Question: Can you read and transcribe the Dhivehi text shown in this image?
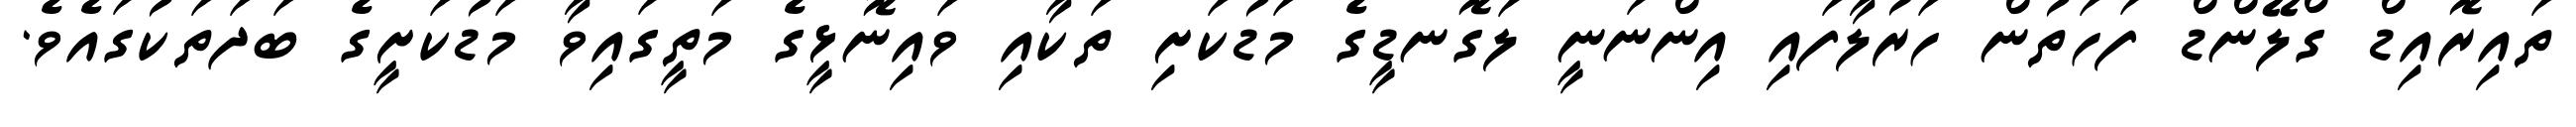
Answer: ތައިރޮއިޑް ގްލޭންޑް ފަހަތުން ހަރުލާފައި އިންނަނީ ލަގޮނޑީގެ މަޑުކަށި ތަކާއި ވައިނޮޅީގެ މަތީގައިވާ މަޑުކަށީގެ ބަދަތަކުގައެވެ.